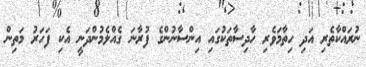
ނުރައްކާތެރި އަދި ހިތާމަވެރި ހާދިސާތަކުގައި އިންސާނުންގެ ފުރާނަ ގެއްލެމުންދަނީ އެކި ފަހަރު މަތިން